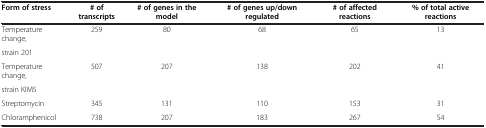
| Form of stress | # of transcripts | # of genes in the model | # of genes up/down regulated | # of affected reactions | % of total active reactions |
 | --- | --- | --- | --- | --- | --- |
 | Temperature change, | 259 | 80 | 68 | 65 | 13 |
 | strain 201 |  |  |  |  |  |
 | Temperature change, | 507 | 207 | 138 | 202 | 41 |
 | strain KIM5 |  |  |  |  |  |
 | Streptomycin | 345 | 131 | 110 | 153 | 31 |
 | Chloramphenicol | 738 | 207 | 183 | 267 | 54 |